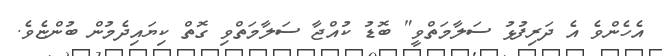
އެހެންވެ އެ ދަރިފުޅު ސަލާމަތްވީ" ބޮޑު ކުއްޖާ ސަލާމަތްވި ގޮތް ކިޔައިދެމުން ބުންޏެވެ.